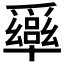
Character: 𠧎